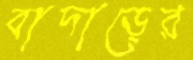
বাদাড়ের